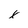
Character: x